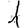
Digit: 1